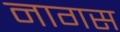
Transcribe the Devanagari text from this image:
नागस